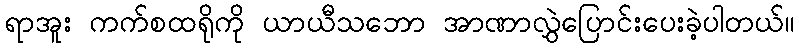
ရာအူး ကက်စထရိုကို ယာယီသဘော အာဏာလွှဲပြောင်းပေးခဲ့ပါတယ်။